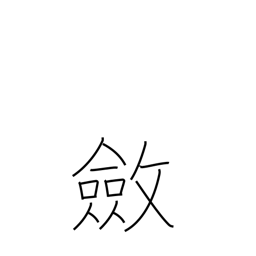
Meaning: stiffen